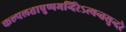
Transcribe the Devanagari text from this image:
कल्पलतापुष्पमन्दिरेऽत्यन्तसुन्दरे